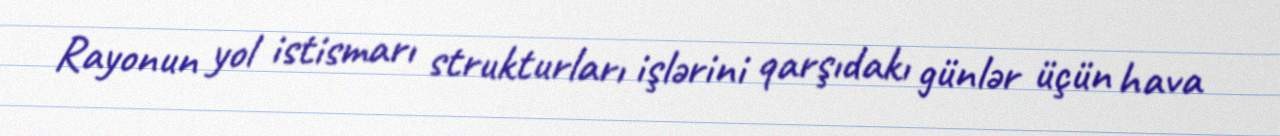
Rayonun yol istismarı strukturları işlərini qarşıdakı günlər üçün hava